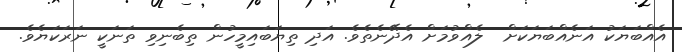
އެއްބަޔަކު އަނެއްބަޔަކަށް  ލެއްވުމަށް އެދޭނެތެވެ. އަދި ތިޔަބައިމީހުން ތިބެނިވި ތަނަކީ ނަރަކަޔެވެ.